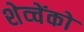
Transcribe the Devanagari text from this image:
शेव्चेंको